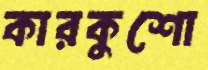
কারকুশো